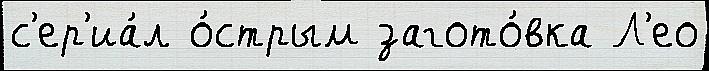
с'ер'иа́л о́стрым загото́вка Л'ео